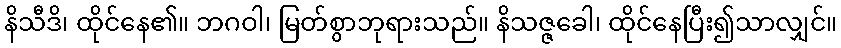
နိသီဒိ၊ ထိုင်နေ၏။ ဘဂဝါ၊ မြတ်စွာဘုရားသည်။ နိသဇ္ဇခေါ၊ ထိုင်နေပြီး၍သာလျှင်။